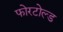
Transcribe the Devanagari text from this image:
फोरटोल्‍ड